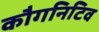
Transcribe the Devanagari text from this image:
कौगनिटिव